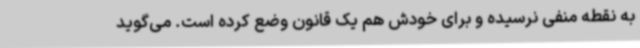
به نقطه منفی نرسیده و برای خودش هم یک قانون وضع کرده است. می‌گوید